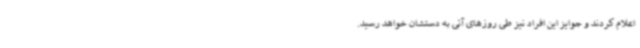
اعلام کردند و جوایز این افراد نیز طی روزهای آتی به دستشان خواهد رسید.